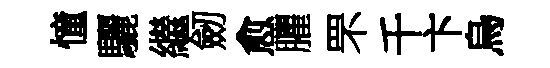
憧驪繼劒愈臞罘千卞烏